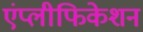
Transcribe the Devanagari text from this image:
एंप्लीफिकेशन